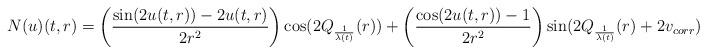
LaTeX: \begin{align*}N(u)(t,r)=\left(\frac{\sin(2u(t,r))-2u(t,r)}{2r^{2}}\right)\cos(2Q_{\frac{1}{\lambda(t)}}(r)) + \left(\frac{\cos(2u(t,r))-1}{2r^{2}}\right)\sin(2Q_{\frac{1}{\lambda(t)}}(r)+2v_{corr})\end{align*}